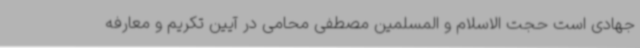
جهادی است حجت الاسلام و المسلمین مصطفی محامی در آیین تکریم و معارفه